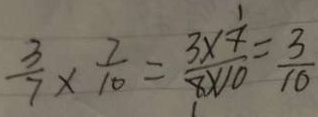
\frac { 3 } { 7 } \times \frac { 7 } { 1 0 } = \frac { 3 \times \frac { 1 } { x } } { 8 \times 1 0 } = \frac { 3 } { 1 0 }